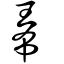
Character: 𤤰